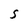
Character: S